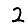
Digit: 2